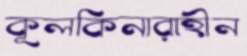
কূলকিনারাহীন